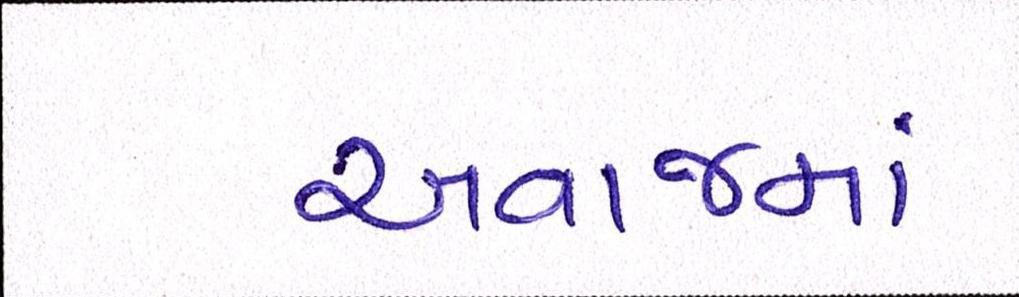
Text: અવાજમાં